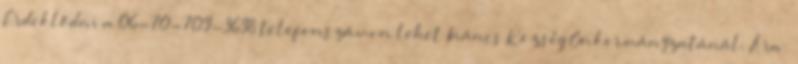
Érdeklődni a 06-70-709-3698 telefonszámon lehet Ináncs Község Önkormányzatánál. Ára: